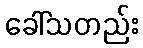
ခေါ်သတည်း